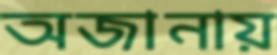
অজানায়